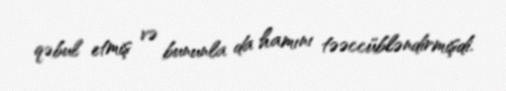
qəbul etmiş və bununla da hamını təəccübləndirmişdi.